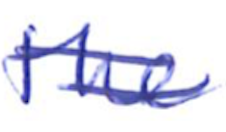
Text: the
Cross-out: double-line
Writing tool: ballpoint